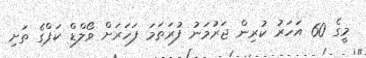
މީގެ 60 އަހަރު ކުރިން ޖަރުމަނު ފުރަތަމަ ފަހަރަށް ވޯލްޑް ކަޕްގެ ތަށި